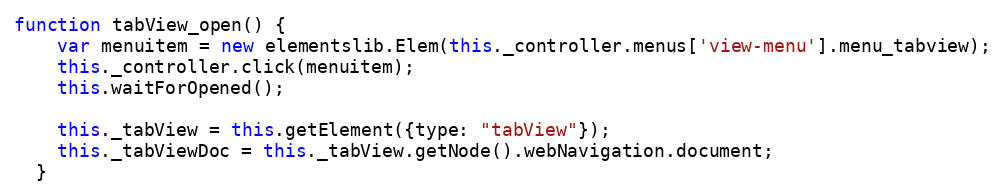
Language: JavaScript
function tabView_open() {
    var menuitem = new elementslib.Elem(this._controller.menus['view-menu'].menu_tabview);
    this._controller.click(menuitem);
    this.waitForOpened();

    this._tabView = this.getElement({type: "tabView"});
    this._tabViewDoc = this._tabView.getNode().webNavigation.document;
  }